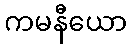
ကမနီယော